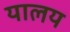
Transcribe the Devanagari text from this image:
यालय